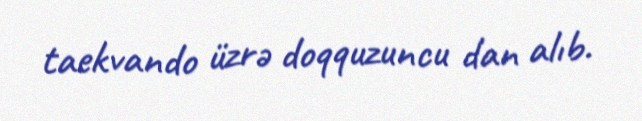
taekvando üzrə doqquzuncu dan alıb.